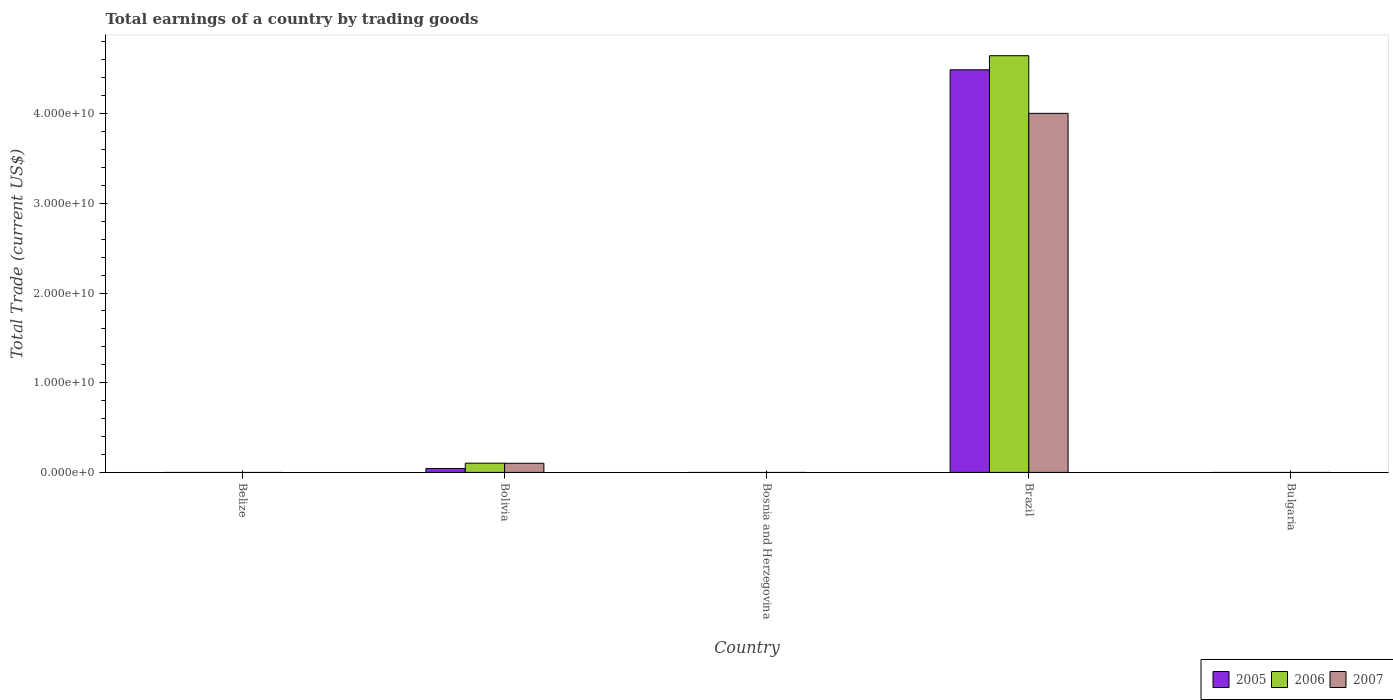
| Country | 2005 | 2006 | 2007 |
 | --- | --- | --- | --- |
 | Belize | -2.36e+08 | -1.89e+08 | -2.18e+08 |
 | Bolivia | 4.4e+08 | 1.03e+09 | 1.02e+09 |
 | Bosnia and Herzegovina | -4.9e+09 | -4.3e+09 | -6.16e+09 |
 | Brazil | 4.49e+10 | 4.65e+10 | 4e+10 |
 | Bulgaria | -5.41e+09 | -6.98e+09 | -1.05e+10 |